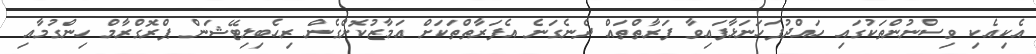
އެކިއެކި ވިސްނުންތަކުގައި ހައްދުފަހަނަޅާފައިވާ ފަރާތްތައް ދެނެގަނެ އެފަރާތްތަކަށް އަމާޒުކޮށްގެން ރިހެބިލިޓޭޝަން ޕްރޮގްރާމް ހިންގުމާއި